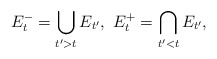
\begin{align*}E^-_t=\bigcup_{t'>t} E_{t'},\ E^+_t=\bigcap_{t'<t} E_{t'},\end{align*}